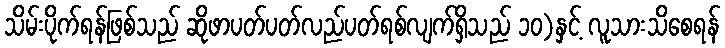
သိမ်းပိုက်ရန်ဖြစ်သည် ဆိုဖာပတ်ပတ်လည်ပတ်ရစ်လျက်ရှိသည် ၁၀)နှင့် လူသားသိစေရန်